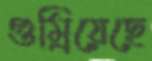
গুম্‌রিয়েছে